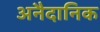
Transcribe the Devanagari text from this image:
अनैदानिक